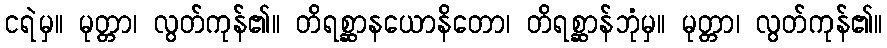
ငရဲမှ။ မုတ္တာ၊ လွတ်ကုန်၏။ တိရစ္ဆာနယောနိတော၊ တိရစ္ဆာန်ဘုံမှ။ မုတ္တာ၊ လွတ်ကုန်၏။